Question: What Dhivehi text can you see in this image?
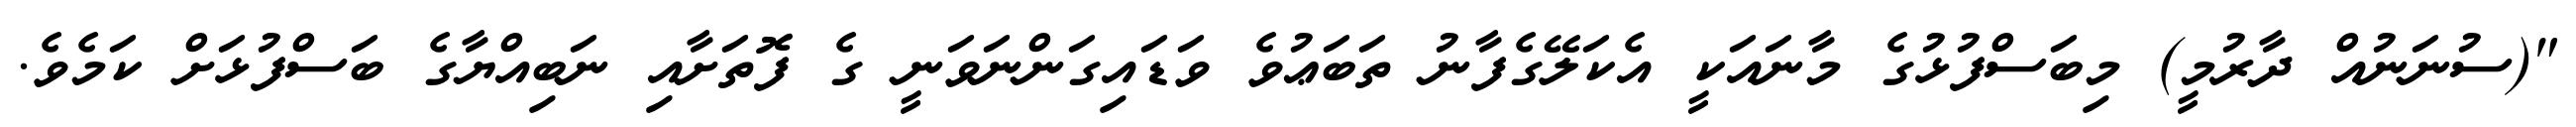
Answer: "(ސުނަނުއް ދާރުމީ) މިބަސްފުޅުގެ މާނައަކީ އެކަލޭގެފާނު ތަބަޢުވެ ވަޑައިގަންނަވަނީ ގެ ފޮތަށާއި ނަބިއްޔާގެ ބަސްފުޅަށް ކަމެވެ.